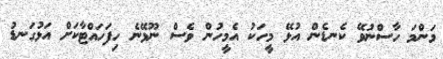
މަންމަ ހާސްނުވޭ ކެނޑެން އުޅޭ މީހަކު އެމީހުން ވެސް ނޫޅޭނެ ހިފަހައްޓާކަށް އަޅުގަނޑު